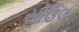
સોઉલ